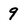
Character: 9